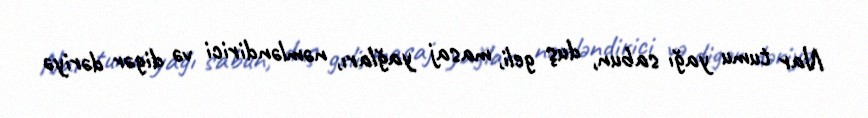
Nar tumu yağı sabun, duş geli, masaj yağları, nəmləndirici və digər dəriyə